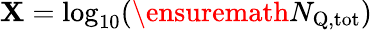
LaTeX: \mathbf{X}=\log_{10}(\ensuremath{{N_{\mathrm{{Q,tot}}}}})